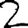
Digit: 2